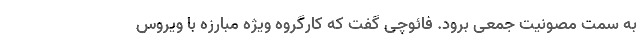
به سمت مصونیت جمعی برود. فائوچی گفت که کارگروه ویژه مبارزه با ویروس